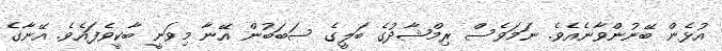
އުޅެން ބޭނުންވާނެއެވެ. ނަމަވެސް ރިމްޝާދުގެ ބަލީގެ ސަބަބުން އޭނާ މިވަނީ ބާކީވެފައެވެ. އޭނާގެ